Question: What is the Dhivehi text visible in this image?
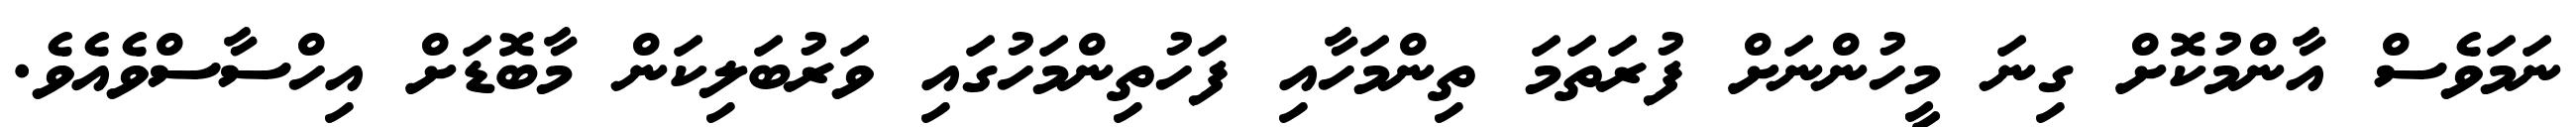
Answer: ނަމަވެސް އާންމުކޮށް ގިނަ މީހުންނަށް ފުރަތަމަ ތިންމަހާއި ފަހުތިންމަހުގައި ވަރުބަލިކަން މާބޮޑަށް އިހްސާސްވެއެވެ.